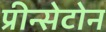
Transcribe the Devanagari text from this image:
प्रीन्सेटोन